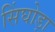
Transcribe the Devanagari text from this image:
सिंघोड़ा